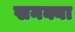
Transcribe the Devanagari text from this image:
खनक्या